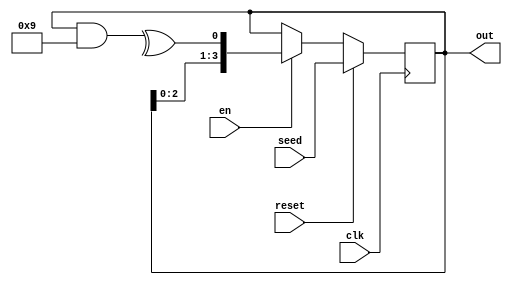
module lfsr #
    (
        parameter WIDTH = 4
    )
    (
        input clk,
        input reset,
        input en,
        input [WIDTH-1:0] seed,
        output [WIDTH-1:0] out
    );
    reg [WIDTH-1:0] lfsr_reg;
    wire [WIDTH-1:0] lfsr_reg_next;
    always @(posedge clk) begin
        if (reset)
            lfsr_reg <= seed;
        else if (en)
            lfsr_reg <= lfsr_reg_next;
    end
    assign out = lfsr_reg;

    // Generated using script/mlpoly_min_bits.py
    // and https://github.com/hayguen/mlpolygen.
    localparam [33*32-1:0] all_taps =
               {32'h1, 32'h1, 32'h3, 32'h5,
                32'h9, 32'h12, 32'h21, 32'h41,
                32'h8e, 32'h108, 32'h204, 32'h402,
                32'h829, 32'h100d, 32'h2015, 32'h4001,
                32'h8016, 32'h10004, 32'h20040, 32'h40013,
                32'h80004, 32'h100002, 32'h200001, 32'h400010,
                32'h80000d, 32'h1000004, 32'h2000023, 32'h4000013,
                32'h8000004, 32'h10000002, 32'h20000029, 32'h40000004,
                32'h80000062};
    localparam [WIDTH-1:0] taps = all_taps[32*(32-WIDTH) +: WIDTH];
    // verilator lint_off UNUSED
    wire [WIDTH-1:0] _taps = taps;
    // verilator lint_on UNUSED
    wire new_bit = ^(lfsr_reg & taps); // 0's don't affect the result of XOR
    assign lfsr_reg_next = {lfsr_reg[WIDTH-2:0], new_bit};
endmodule